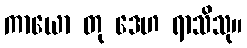
ကာယော တု ဒေဟ ရာသိသု။